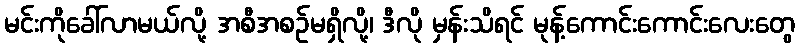
မင်းကိုခေါ်လာမယ်လို့ အစီအစဉ်မရှိလို့၊ ဒီလို မှန်းသိရင် မုန့်ကောင်းကောင်းလေးတွေ